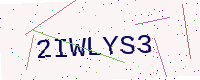
Text: 2IWLYS3